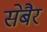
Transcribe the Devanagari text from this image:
सेबैर